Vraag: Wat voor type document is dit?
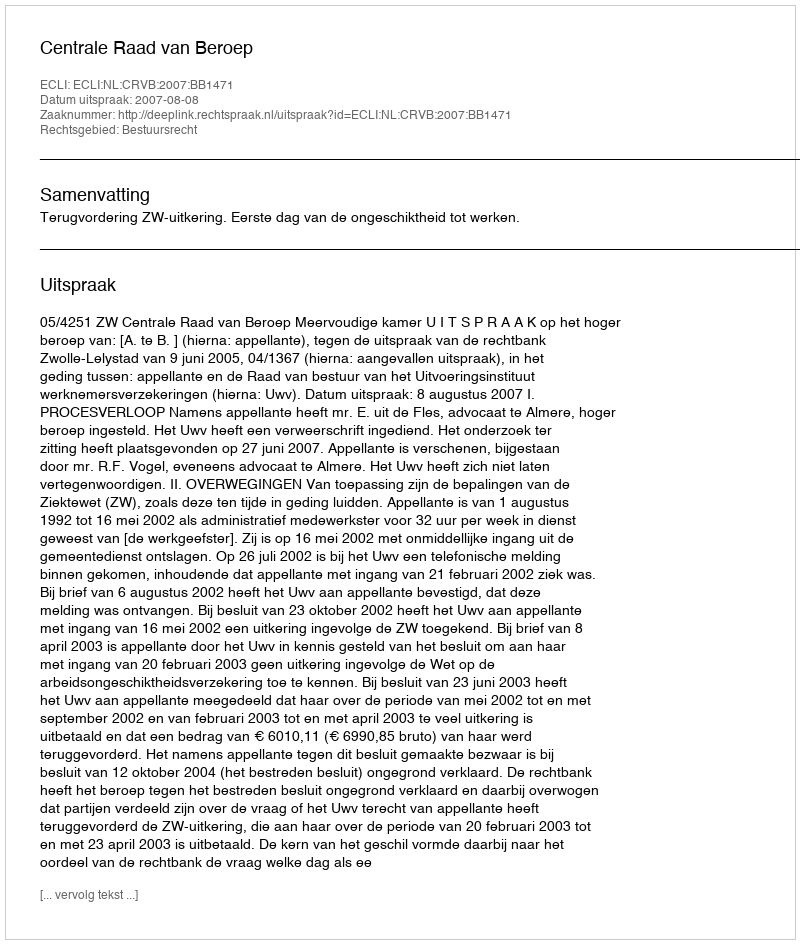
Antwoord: Uitspraak